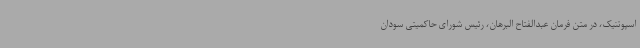
اسپوتنیک، در متن فرمان عبدالفتاح البرهان، رئیس شورای حاکمیتی سودان